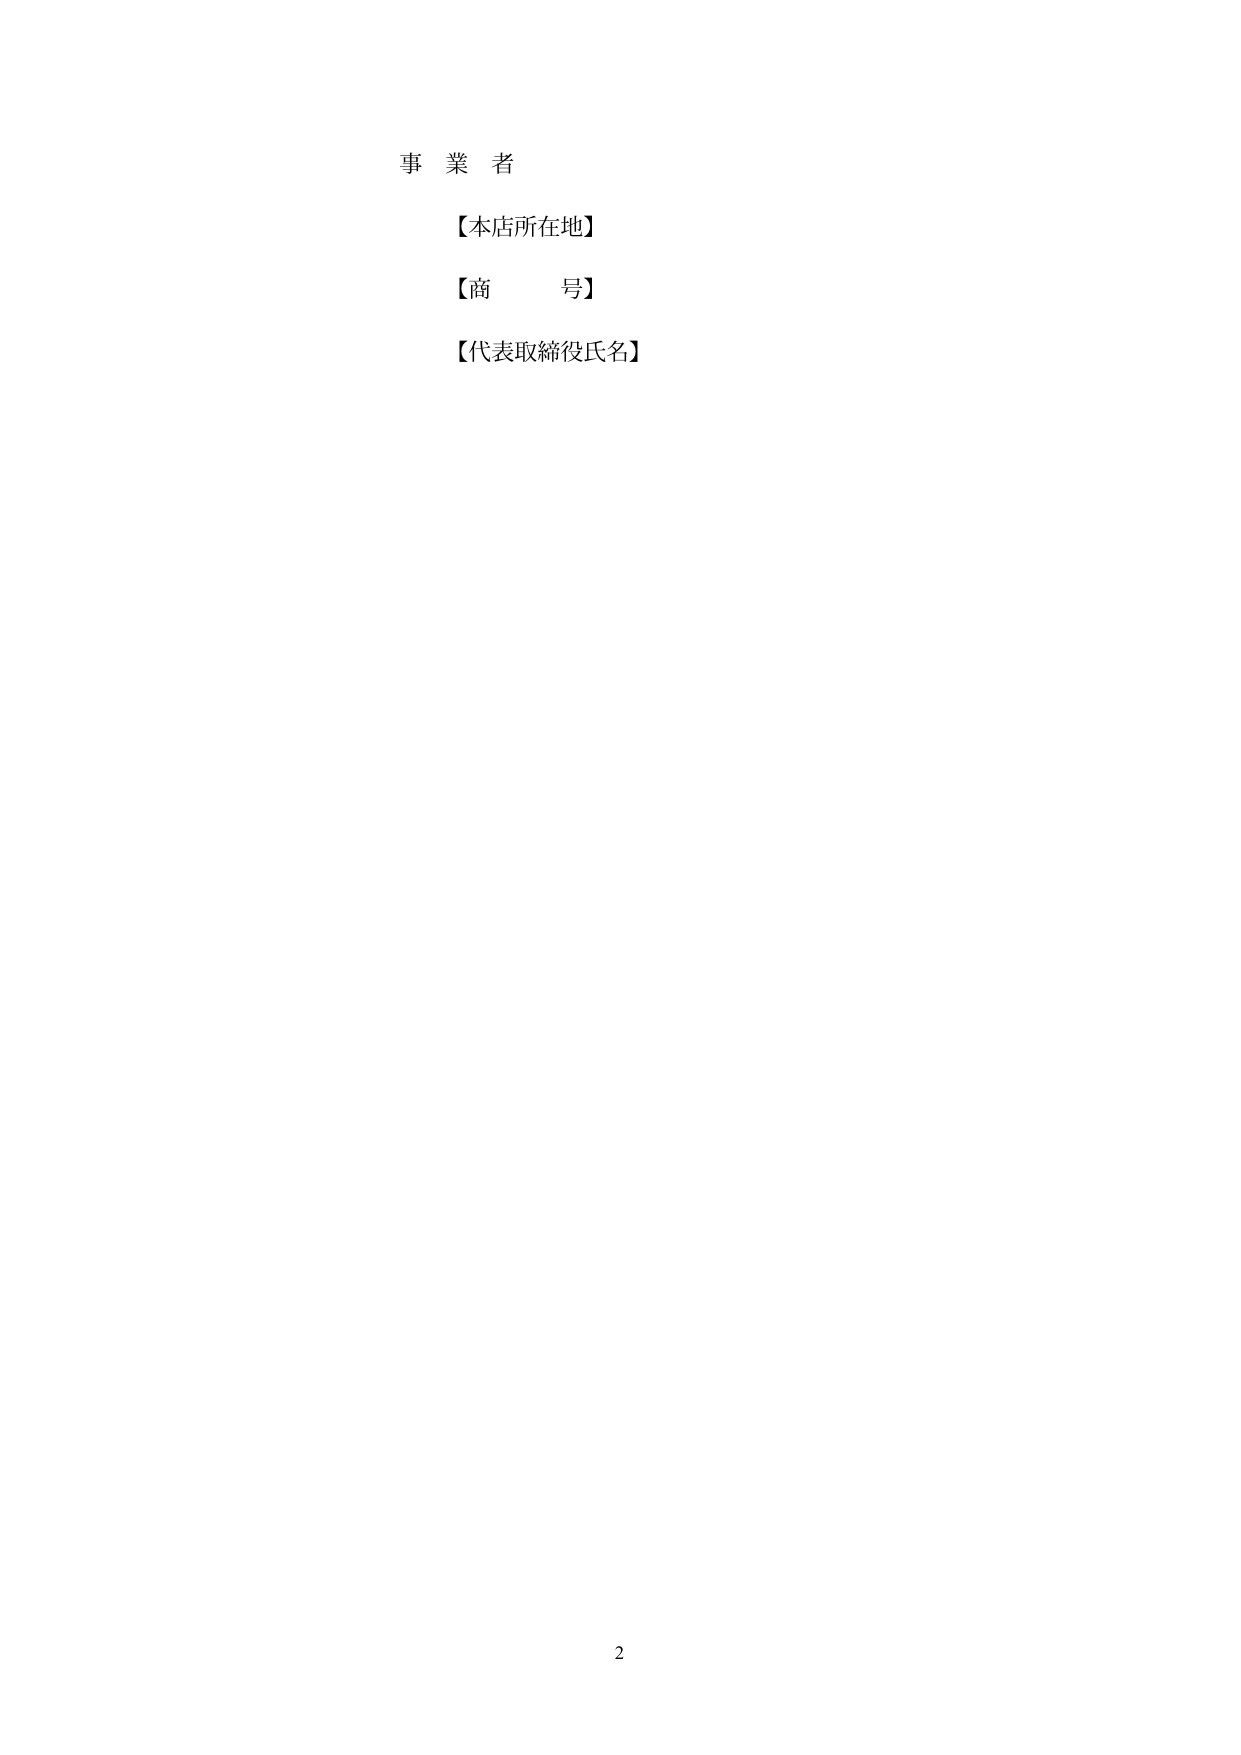
事業者
【本店所在地】
【商　　号】
【代表取締役氏名】
2